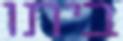
ביתו